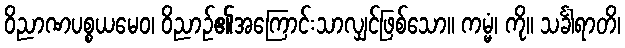
ဝိညာဏပစ္စယမေဝ၊ ဝိညာဉ်၏အကြောင်းသာလျှင်ဖြစ်သော။ ကမ္မံ၊ ကို။ သင်္ခါရာတိ၊